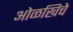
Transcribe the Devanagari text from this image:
ओळखिचे